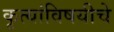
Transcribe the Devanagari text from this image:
कृत्यांविषयीचे